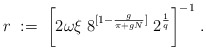
\begin{align*}r \; := \;\bigg[ 2 \omega \xi \; 8^{[1-\frac{g}{\pi+gN}]} \; 2^{\frac{1}{q}}\bigg]^{-1} \; .\end{align*}